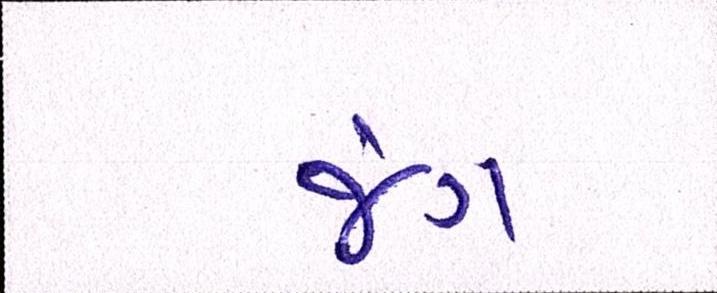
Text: જંગ